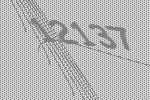
12137